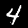
Label: 4